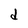
Character: d